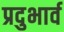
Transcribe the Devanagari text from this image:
प्रदुभार्व